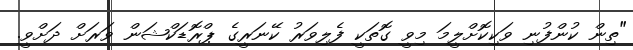
"ތިން ކުންފުނި ވަކިކޮށްލީމަ މިވީ ގޮތަކީ ފެލިވަރު ކޭނަރީގެ ޕްރޮޑަކްޝަން ވަރަށް ދަށްވީ.